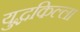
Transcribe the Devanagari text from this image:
युद्धकिल्ला